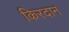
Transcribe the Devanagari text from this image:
किरदान